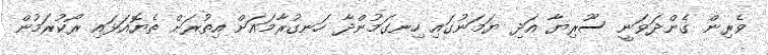
ވެރިން ގެންދަވަނީ ސޫރިޔާ އަދި ޔަމަނުގައި ހިނގަމުންދާ ހަނގުރާމައަށް އިތުރަށް ތެޔޮއަޅައި ރޯކުރަމުން